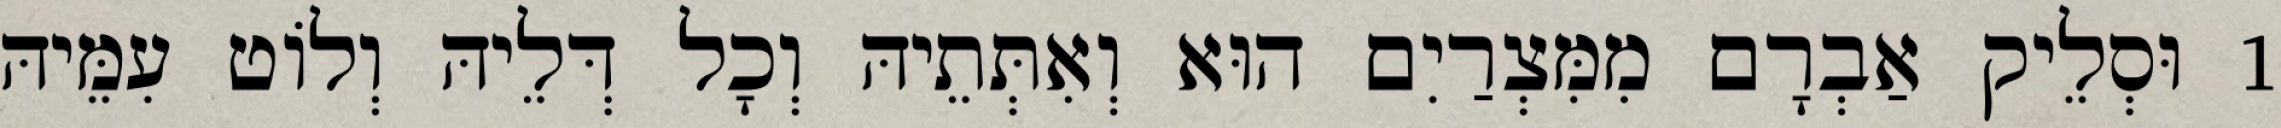
1 וּסְלֵיק אַבְרָם מִמִּצְרַיִם הוּא וְאִתְּתֵיהּ וְכָל דְּלֵיהּ וְלוֹט עִמֵּיהּ